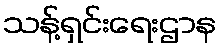
သန့်ရှင်းရေးဌာန